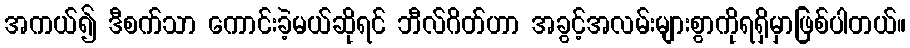
အကယ်၍ ဒီစက်သာ ကောင်းခဲ့မယ်ဆိုရင် ဘီလ်ဂိတ်ဟာ အခွင့်အလမ်းများစွာကိုရရှိမှာဖြစ်ပါတယ်။